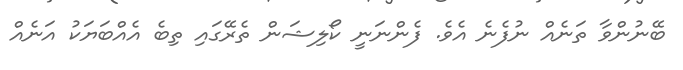
ބޭނުންވާ ތަނެއް ނުފެނެ އެވެ. ފެންނަނީ ކޯލިޝަން ތެރޭގައި ތިބެ އެއްބަޔަކު އަނެއް